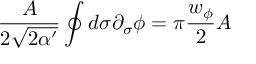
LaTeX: \frac { A } { 2 \sqrt { 2 \alpha ^ { \prime } } } \oint d \sigma \partial _ { \sigma } \phi = \pi \frac { w _ { \phi } } { 2 } A